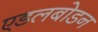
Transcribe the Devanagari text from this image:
एडलबोडन